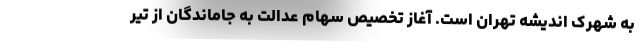
به شهرک اندیشه تهران است. آغاز تخصیص سهام عدالت به جاماندگان از تیر